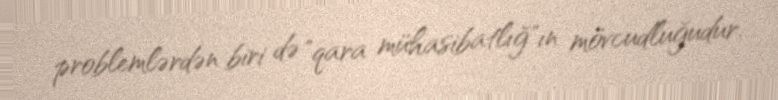
problemlərdən biri də "qara mühasibatlığ"ın mövcudluğudur.